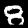
Label: 8